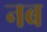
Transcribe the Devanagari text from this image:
नब